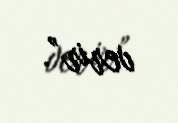
verir”.